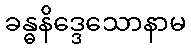
ခန္ဓနိဒ္ဒေသောနာမ